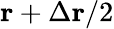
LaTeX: \mathbf{r}+\Delta\mathbf{r}/2